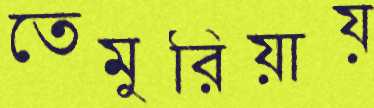
তেমুরিয়ায়